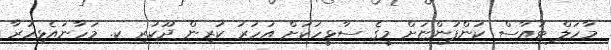
މާހަލް ޓުއާސް ކުންފުންޏަށް މީގެ ސާޅީހަކަށް އަހަރު ކުރިން ދޫކުރި ކ. މަހާނައެޅިހުރާ